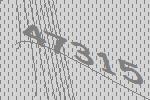
47315